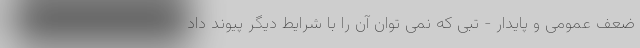
ضعف عمومی و پایدار - تبی که نمی توان آن را با شرایط دیگر پیوند داد